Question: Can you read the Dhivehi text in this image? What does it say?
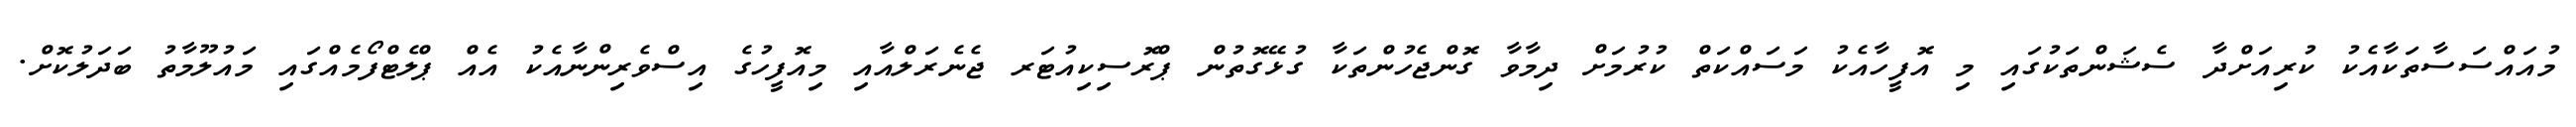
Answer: މުއައްސަސާތަކާއެކު ކުރިއަށްދާ ސެޝަންތަކުގައި މި އޮފީހާއެކު މަސައްކަތް ކުރުމަށް ދިމާވާ ގޮންޖެހުންތަކާ ގުޅޭގޮތުން ޕްރޮސިކިއުޓަރ ޖެނެރަލްއާއި މިއޮފީހުގެ އިސްވެރިންނާއެކު އެއް ޕްލެޓްފޯމެއްގައި މައުލޫމާތު ބަދަލުކޮށް.